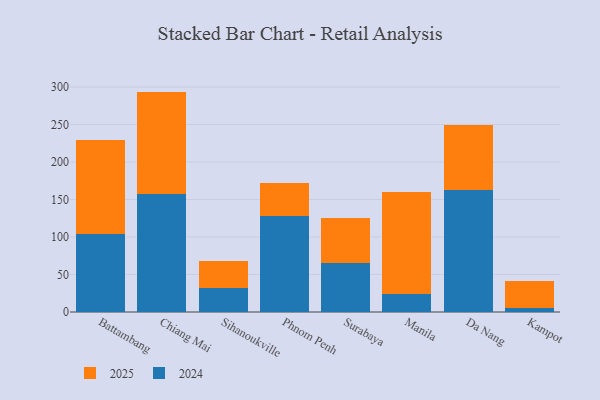
{"axis": {"x": "City", "y": "Budget (USD K)"}, "legend": ["2024", "2025"], "data": [{"x": "Battambang", "y": 125.6, "type": "2025"}, {"x": "Battambang", "y": 104.0, "type": "2024"}, {"x": "Chiang Mai", "y": 136.5, "type": "2025"}, {"x": "Chiang Mai", "y": 157.4, "type": "2024"}, {"x": "Sihanoukville", "y": 35.6, "type": "2025"}, {"x": "Sihanoukville", "y": 32.4, "type": "2024"}, {"x": "Phnom Penh", "y": 43.4, "type": "2025"}, {"x": "Phnom Penh", "y": 128.4, "type": "2024"}, {"x": "Surabaya", "y": 59.6, "type": "2025"}, {"x": "Surabaya", "y": 66.0, "type": "2024"}, {"x": "Manila", "y": 135.7, "type": "2025"}, {"x": "Manila", "y": 24.4, "type": "2024"}, {"x": "Da Nang", "y": 87.4, "type": "2025"}, {"x": "Da Nang", "y": 162.4, "type": "2024"}, {"x": "Kampot", "y": 36.1, "type": "2025"}, {"x": "Kampot", "y": 5.6, "type": "2024"}]}